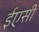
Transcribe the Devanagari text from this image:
ईएसी